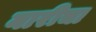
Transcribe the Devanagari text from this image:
नारीचा